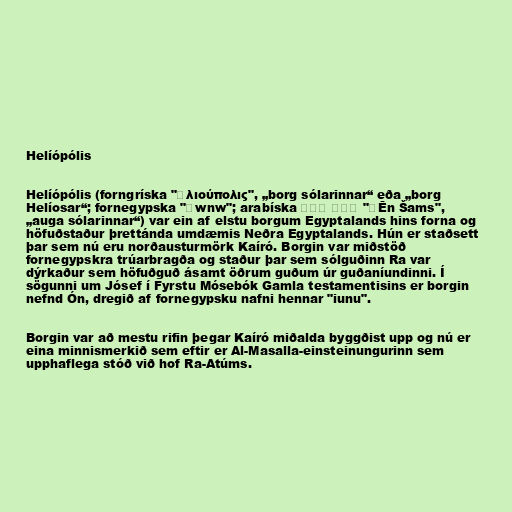
Helíópólis

Helíópólis (forngríska "Ἡλιούπολις", „borg sólarinnar“ eða „borg
Helíosar“; fornegypska "ỉwnw"; arabíska عين شمس‎ "ʿĒn Šams",
„auga sólarinnar“) var ein af elstu borgum Egyptalands hins forna og
höfuðstaður þrettánda umdæmis Neðra Egyptalands. Hún er staðsett
þar sem nú eru norðausturmörk Kaíró. Borgin var miðstöð
fornegypskra trúarbragða og staður þar sem sólguðinn Ra var
dýrkaður sem höfuðguð ásamt öðrum guðum úr guðaníundinni. Í
sögunni um Jósef í Fyrstu Mósebók Gamla testamentisins er borgin
nefnd Ón, dregið af fornegypsku nafni hennar "iunu".

Borgin var að mestu rifin þegar Kaíró miðalda byggðist upp og nú er
eina minnismerkið sem eftir er Al-Masalla-einsteinungurinn sem
upphaflega stóð við hof Ra-Atúms.